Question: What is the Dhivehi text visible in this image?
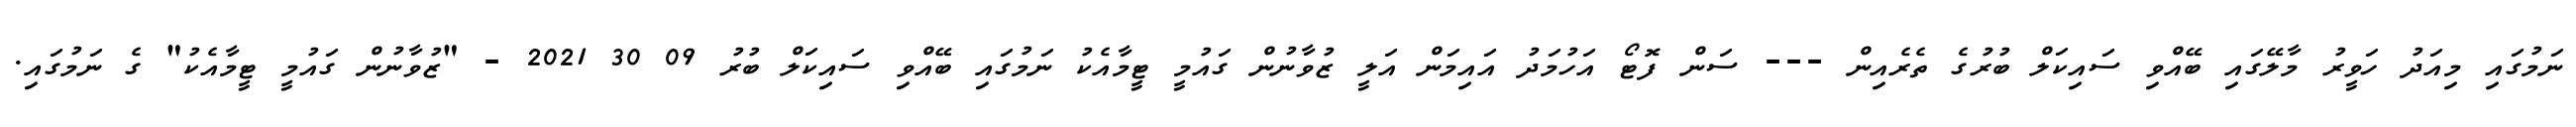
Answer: ނަމުގައި މިއަދު ހަވީރު މާލޭގައި ބޭއްވި ސައިކަލް ބުރުގެ ތެރެއިން --- ސަން ފޮޓޯ އަހުމަދު އައިމަން އަލީ ޒުވާނުން ގައުމީ ޓީމާއެކު ނަމުގައި ބޭއްވި ސައިކަލް ބުރު 09 30 2021 - "ޒުވާނުން ގައުމީ ޓީމާއެކު" ގެ ނަމުގައި.